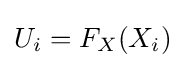
U_{i}=F_{X}(X_{i})